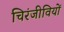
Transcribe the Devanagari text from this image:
चिरंजीवियों